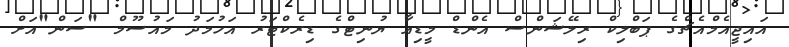
އައިޖީއެމްއެޗްގެ ޕަބްލިކް ރިލޭޝަންސް އެންޑް މީޑިއާ ޔުނިޓްގެ ޑިރެކްޓަރު އަހުމަދު މައުސޫމް "ސަން"އަށް